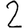
Digit: 2